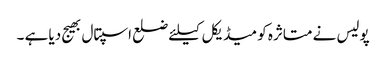
پولیس نے متاثرہ کو میڈیکل کیلئے ضلع اسپتال بھیج دیا ہے ۔